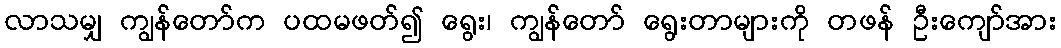
လာသမျှ ကျွန်တော်က ပထမဖတ်၍ ရွေး၊ ကျွန်တော် ရွေးတာများကို တဖန် ဦးကျော်အား